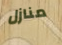
منازل